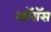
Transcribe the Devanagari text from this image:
सॉरॉस